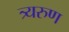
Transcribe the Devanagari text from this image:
त्र्यरुण